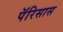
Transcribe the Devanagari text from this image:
पॅरिसास